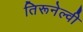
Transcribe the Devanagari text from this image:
तिरूनेल्वी